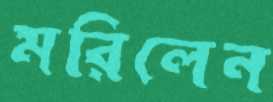
মরিলেন